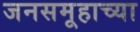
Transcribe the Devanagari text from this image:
जनसमूहाच्‍या